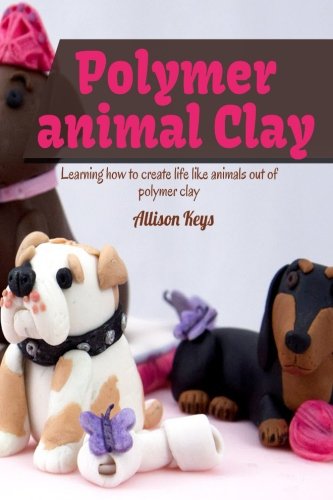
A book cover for Polymer animal clay learning how to create life like animals out of polymer clay; Allison Keys; Crafts, Hobbies & Home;